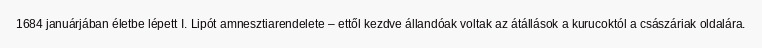
1684 januárjában életbe lépett I. Lipót amnesztiarendelete – ettől kezdve állandóak voltak az átállások a kurucoktól a császáriak oldalára.